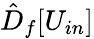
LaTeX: \hat{D}_{f}[U_{in}]